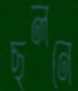
ছলনে